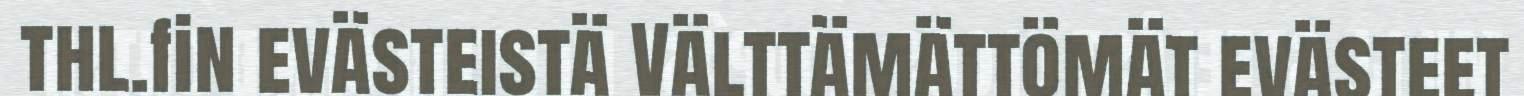
thl.fin evästeistä Välttämättömät evästeet